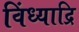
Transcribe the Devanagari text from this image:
विंध्याद्रि